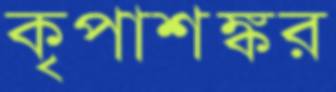
কৃপাশঙ্কর